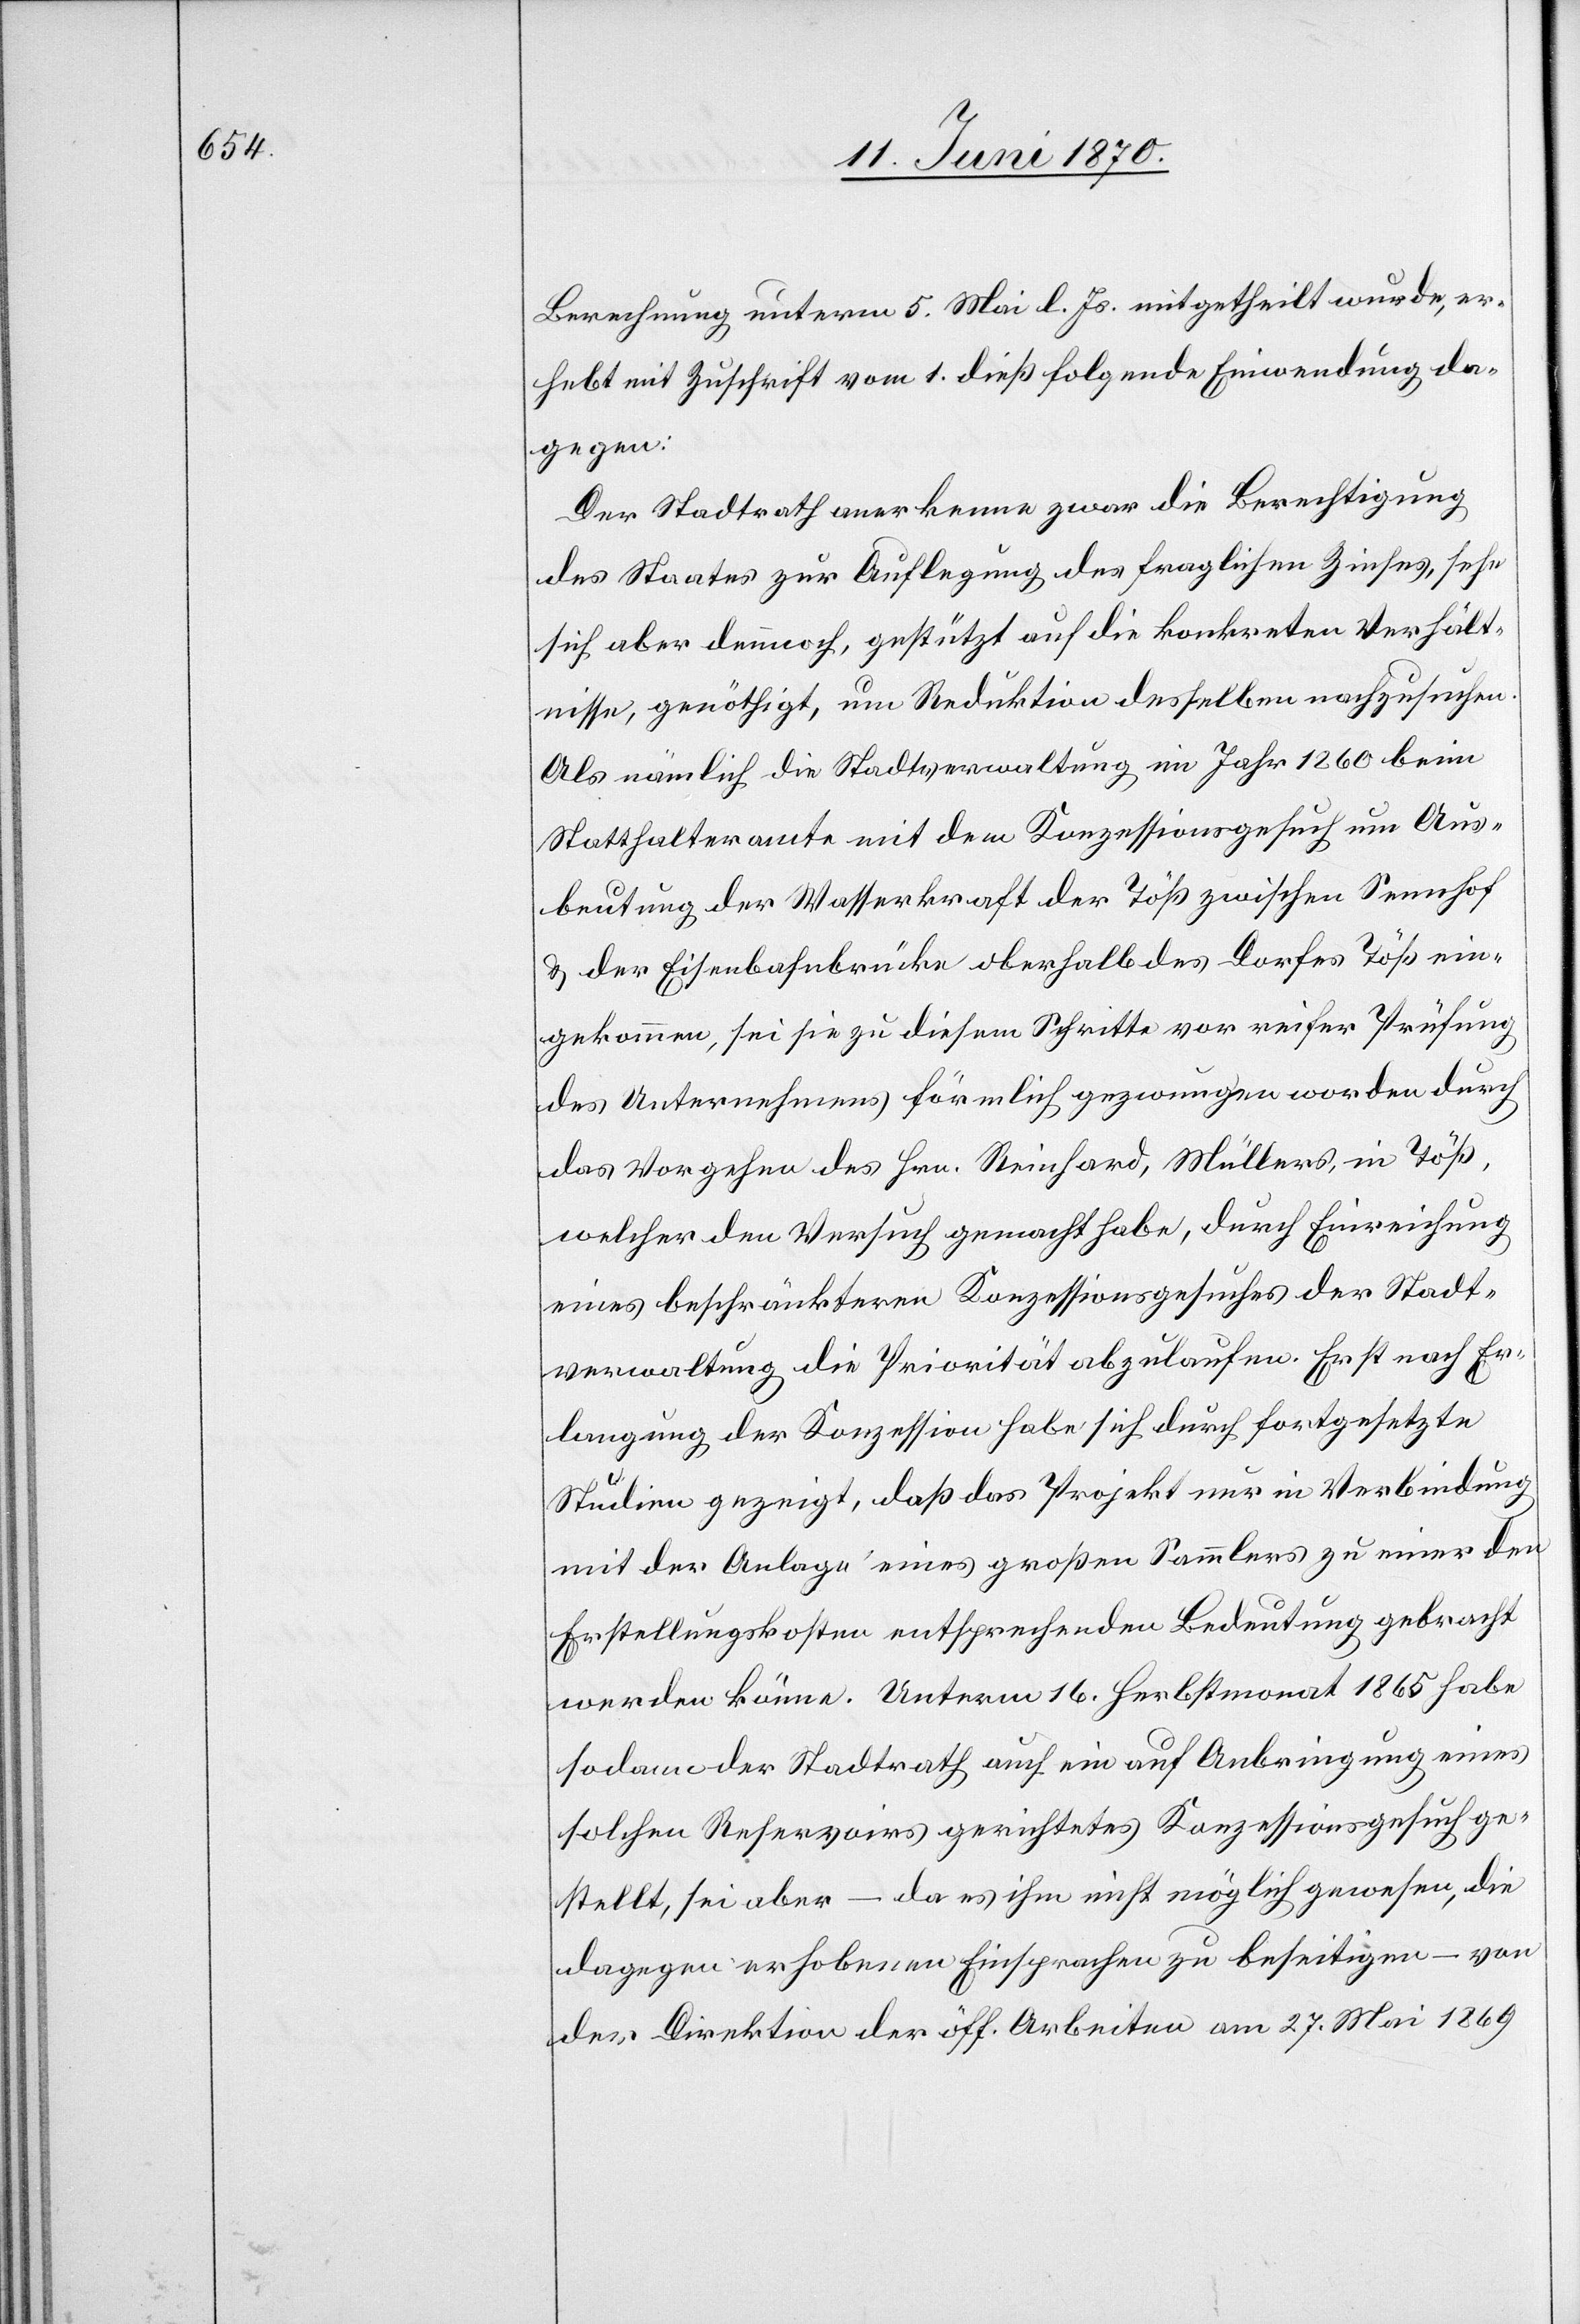
Berechnung unterm 5. Mai l. Js. mitgetheilt wurde, er¬
hebt mit Zuschrift vom 1. dieß folgende Einwendung da¬
gegen:
Der Stadtrath anerkenne zwar die Berechtigung
des Staates zur Auflegung des fraglichen Zinses, sehe
sich aber dennoch, gestützt auf die konkreten Verhält¬
nisse, genöthigt, um Reduktion desselben nachzusuchen.
Als nämlich die Stadtverwaltung im Jahr 1860 beim
Statthalteramte mit dem Konzessionsgesuch um Aus¬
beutung der Wasserkraft der Töß zwischen Sennhof
& der Eisenbahnbrücke oberhalb des Dorfes Töß ein¬
gekommen, sei sie zu diesem Schritte vor reifer Prüfung
des Unternehmens förmlich gezwungen worden durch
das Vorgehen des Hrn. Reinhard, Müllers, in Töß,
welcher den Versuch gemacht habe, durch Einreichung
eines beschränkteren Konzessionsgesuches der Stadt¬
verwaltung die Priorität abzulaufen. Erst nach Er¬
langung der Konzession habe sich durch fortgesetzte
Studien gezeigt, daß das Projekt nur in Verbindung
mit der Anlage eines großen Sammlers zu einer den
Erstellungskosten entsprechenden Bedeutung gebracht
werden könne. Unterm 16. Herbstmonat 1865 habe
sodann der Stadtrath auch ein auf Anbringung eines
solchen Reservoirs gerichtetes Konzessionsgesuch ge¬
stellt, sei aber – da es ihm nicht möglich gewesen, die
dagegen erhobenen Einsprachen zu beseitigen – von
der Direktion der öff. Arbeiten am 27. Mai 1869